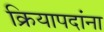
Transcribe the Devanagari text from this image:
क्रियापदांना